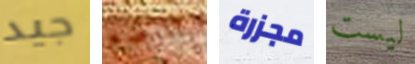
جيد للوضع مجزرة ليست